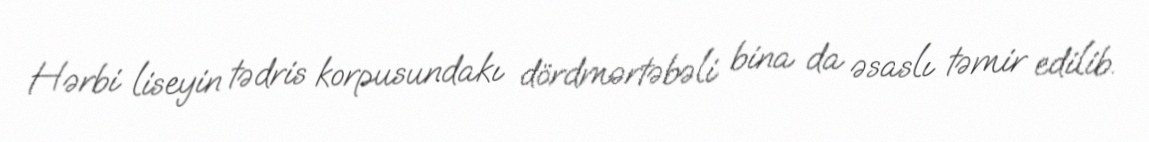
Hərbi liseyin tədris korpusundakı dördmərtəbəli bina da əsaslı təmir edilib.